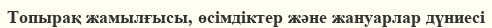
Топырақ жамылғысы, өсімдіктер және жануарлар дүниесі